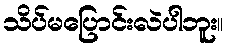
သိပ်မပြောင်းလဲပါဘူး။